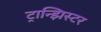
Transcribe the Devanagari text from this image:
ट्रान्झिस्टर